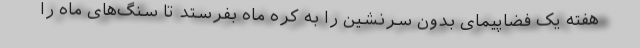
هفته یک فضاپیمای بدون سرنشین را به کره ماه بفرستد تا سنگ‌های ماه را